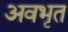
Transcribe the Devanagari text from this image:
अवभृत